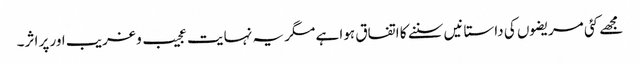
مجھے کئی مریضوں کی داستانیں سننے کا اتفاق ہوا ہے مگر یہ نہایت عجیب و غریب اور پر اثر۔